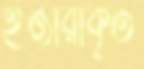
ইজারাকৃত